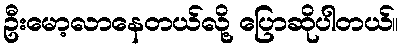
ဦးမော့လာနေတယ်လို့ ပြောဆိုပါတယ်။